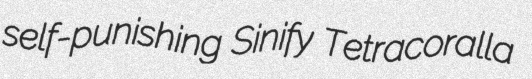
self-punishing Sinify Tetracoralla